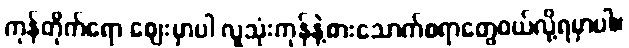
ကုန်တိုက်ရော ဈေးမှာပါ လူသုံးကုန်နဲ့စားသောက်စရာတွေဝယ်လို့ရမှာပါ။